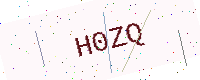
Text: H0ZQ